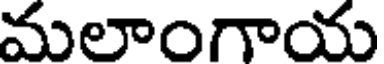
మలాంగాయ